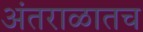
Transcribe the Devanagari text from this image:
अंतराळातच